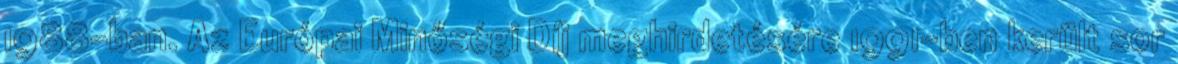
1988-ban. Az Európai Minőségi Díj meghirdetésére 1991-ben került sor